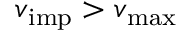
v _ { \mathrm { i m p } } > v _ { \mathrm { m a x } }